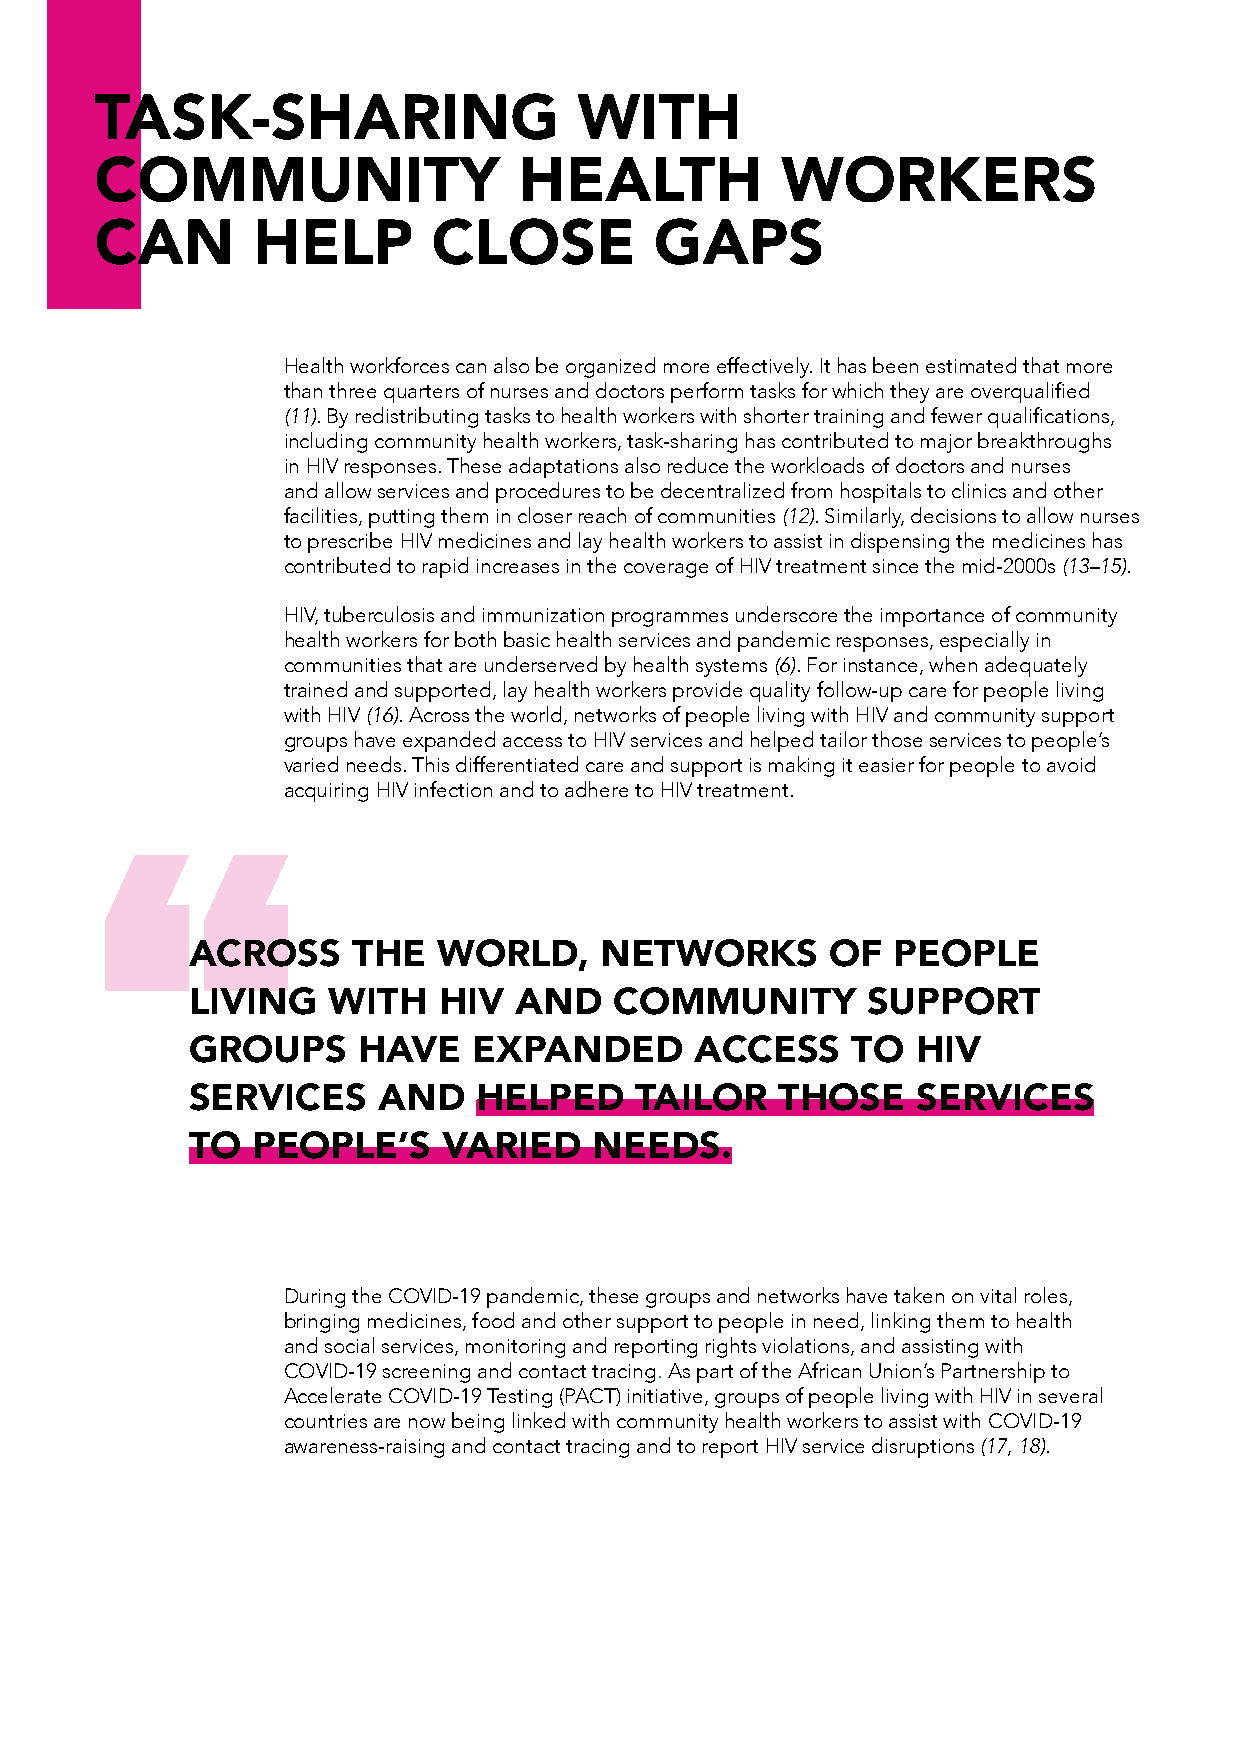
TASK-SHARING                    WITH
 COMMUNITY                   HEALTH            WORKERS
 CAN        HELP        CLOSE         GAPS
 Health workforces can also be organized more effectively. It has been estimated that more
 than three quarters of nurses and doctors perform tasks for which they are overqualified
 (11). By redistributing tasks to health workers with shorter training and fewer qualifications,
 including community health workers, task-sharing has contributed to major breakthroughs
 in HIV responses. These adaptations also reduce the workloads of doctors and nurses
 and allow services and procedures to be decentralized from hospitals to clinics and other
 facilities, putting them in closer reach of communities (12). Similarly, decisions to allow nurses
 to prescribe HIV medicines and lay health workers to assist in dispensing the medicines has
 contributed to rapid increases in the coverage of HIV treatment since the mid-2000s (13–15).
 HIV, tuberculosis and immunization programmes underscore the importance of community
 health workers for both basic health services and pandemic responses, especially in
 communities that are underserved by health systems (6). For instance, when adequately
 trained and supported, lay health workers provide quality follow-up care for people living
 with HIV (16). Across the world, networks of people living with HIV and community support
 groups have expanded access to HIV services and helped tailor those services to people’s
 varied needs. This differentiated care and support is making it easier for people to avoid
 acquiring HIV infection and to adhere to HIV treatment.
 “
 ACROSS    THE   WORLD,     NETWORKS       OF  PEOPLE
 LIVING   WITH   HIV  AND    COMMUNITY       SUPPORT
 GROUPS     HAVE   EXPANDED       ACCESS    TO   HIV
 SERVICES    AND   HELPED     TAILOR    THOSE    SERVICES
 TO  PEOPLE’S    VARIED    NEEDS.
 During the COVID-19 pandemic, these groups and networks have taken on vital roles,
 bringing medicines, food and other support to people in need, linking them to health
 and social services, monitoring and reporting rights violations, and assisting with
 COVID-19 screening and contact tracing. As part of the African Union’s Partnership to
 Accelerate COVID-19 Testing (PACT) initiative, groups of people living with HIV in several
 countries are now being linked with community health workers to assist with COVID-19
 awareness-raising and contact tracing and to report HIV service disruptions (17, 18).